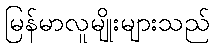
မြန်မာလူမျိုးများသည်